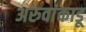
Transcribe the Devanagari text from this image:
अरुवांकाडू